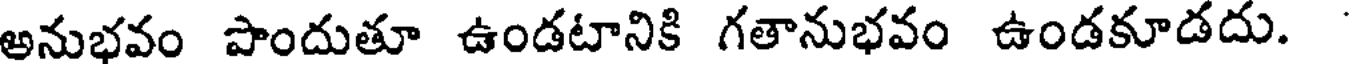
అనుభవం పొందుతూ ఉండటానికి గతానుభవం ఉండకూడదు.